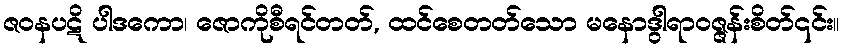
ဇဝနပဋိ ပါဒကော၊ ဇောကိုစီရင်တတ်, ထင်စေတတ်သော မနောဒွါရာဝဇ္ဇန်းစိတ်၎င်း။